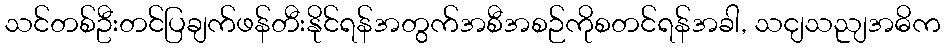
သင်တစ်ဦးတင်ပြချက်ဖန်တီးနိုင်ရန်အတွက်အစီအစဉ်ကိုစတင်ရန်အခါ, သငျသညျအဓိက